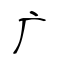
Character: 广